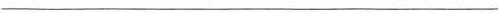
___